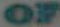
OF